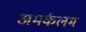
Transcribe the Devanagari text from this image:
अमर्कलम